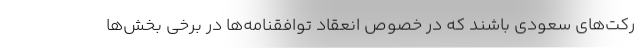
رکت‌های سعودی باشند که در خصوص انعقاد توافقنامه‌ها در برخی بخش‌ها